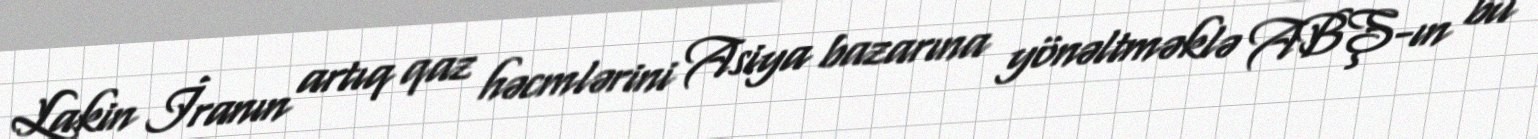
Lakin İranın artıq qaz həcmlərini Asiya bazarına yönəltməklə ABŞ-ın bu